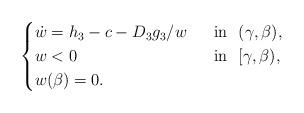
LaTeX: \begin{align*}\begin{cases}\dot{w}=h_3-c- D_3g_3/w \ &\mbox{ in } \ (\gamma, \beta),\\w<0 \ &\mbox{ in } \ [\gamma, \beta),\\w(\beta)=0.\end{cases}\end{align*}